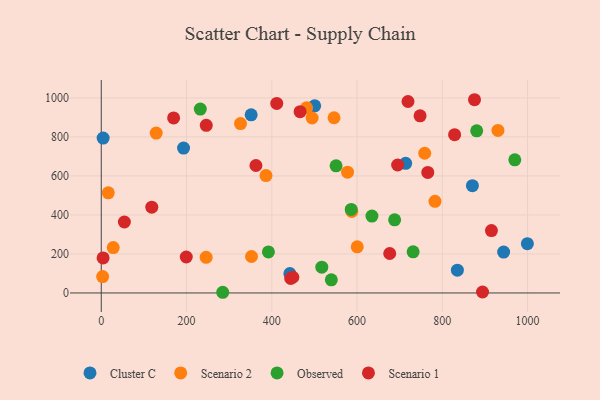
{"axis": {"x": "Ad Spend", "y": "Rating"}, "legend": ["Cluster C", "Observed", "Scenario 1", "Scenario 2"], "data": [{"x": "351.6", "y": 913.3, "type": "Cluster C"}, {"x": "714.0", "y": 664.4, "type": "Cluster C"}, {"x": "943.8", "y": 209.4, "type": "Cluster C"}, {"x": "870.6", "y": 550.1, "type": "Cluster C"}, {"x": "500.6", "y": 959.4, "type": "Cluster C"}, {"x": "4.4", "y": 794.3, "type": "Cluster C"}, {"x": "442.4", "y": 99.5, "type": "Cluster C"}, {"x": "835.3", "y": 116.7, "type": "Cluster C"}, {"x": "193.0", "y": 742.6, "type": "Cluster C"}, {"x": "999.5", "y": 252.6, "type": "Cluster C"}, {"x": "128.9", "y": 819.9, "type": "Scenario 2"}, {"x": "494.6", "y": 897.1, "type": "Scenario 2"}, {"x": "3.2", "y": 84.0, "type": "Scenario 2"}, {"x": "326.6", "y": 868.3, "type": "Scenario 2"}, {"x": "600.4", "y": 236.7, "type": "Scenario 2"}, {"x": "481.7", "y": 949.1, "type": "Scenario 2"}, {"x": "28.1", "y": 232.8, "type": "Scenario 2"}, {"x": "930.5", "y": 833.2, "type": "Scenario 2"}, {"x": "16.4", "y": 513.4, "type": "Scenario 2"}, {"x": "782.8", "y": 469.8, "type": "Scenario 2"}, {"x": "577.7", "y": 619.2, "type": "Scenario 2"}, {"x": "246.0", "y": 182.8, "type": "Scenario 2"}, {"x": "546.0", "y": 898.2, "type": "Scenario 2"}, {"x": "386.4", "y": 601.7, "type": "Scenario 2"}, {"x": "352.4", "y": 186.9, "type": "Scenario 2"}, {"x": "587.7", "y": 417.6, "type": "Scenario 2"}, {"x": "758.7", "y": 716.4, "type": "Scenario 2"}, {"x": "880.6", "y": 831.2, "type": "Observed"}, {"x": "550.8", "y": 651.9, "type": "Observed"}, {"x": "634.9", "y": 394.1, "type": "Observed"}, {"x": "539.6", "y": 67.5, "type": "Observed"}, {"x": "232.3", "y": 942.9, "type": "Observed"}, {"x": "731.5", "y": 211.0, "type": "Observed"}, {"x": "688.1", "y": 375.0, "type": "Observed"}, {"x": "517.3", "y": 132.1, "type": "Observed"}, {"x": "970.0", "y": 682.6, "type": "Observed"}, {"x": "284.9", "y": 3.5, "type": "Observed"}, {"x": "392.1", "y": 210.4, "type": "Observed"}, {"x": "586.3", "y": 428.1, "type": "Observed"}, {"x": "246.3", "y": 859.6, "type": "Scenario 1"}, {"x": "444.4", "y": 74.4, "type": "Scenario 1"}, {"x": "676.6", "y": 202.4, "type": "Scenario 1"}, {"x": "118.5", "y": 440.0, "type": "Scenario 1"}, {"x": "915.2", "y": 319.8, "type": "Scenario 1"}, {"x": "695.2", "y": 656.1, "type": "Scenario 1"}, {"x": "411.6", "y": 971.5, "type": "Scenario 1"}, {"x": "54.2", "y": 363.9, "type": "Scenario 1"}, {"x": "169.7", "y": 897.4, "type": "Scenario 1"}, {"x": "199.4", "y": 184.3, "type": "Scenario 1"}, {"x": "747.8", "y": 908.0, "type": "Scenario 1"}, {"x": "719.5", "y": 981.6, "type": "Scenario 1"}, {"x": "362.8", "y": 653.5, "type": "Scenario 1"}, {"x": "765.9", "y": 617.9, "type": "Scenario 1"}, {"x": "828.8", "y": 811.6, "type": "Scenario 1"}, {"x": "4.3", "y": 179.6, "type": "Scenario 1"}, {"x": "894.3", "y": 5.0, "type": "Scenario 1"}, {"x": "449.4", "y": 80.6, "type": "Scenario 1"}, {"x": "875.5", "y": 990.7, "type": "Scenario 1"}, {"x": "466.4", "y": 929.3, "type": "Scenario 1"}]}